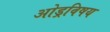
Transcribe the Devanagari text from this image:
ओड्रविषय